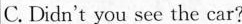
C. Didn't you see the car?